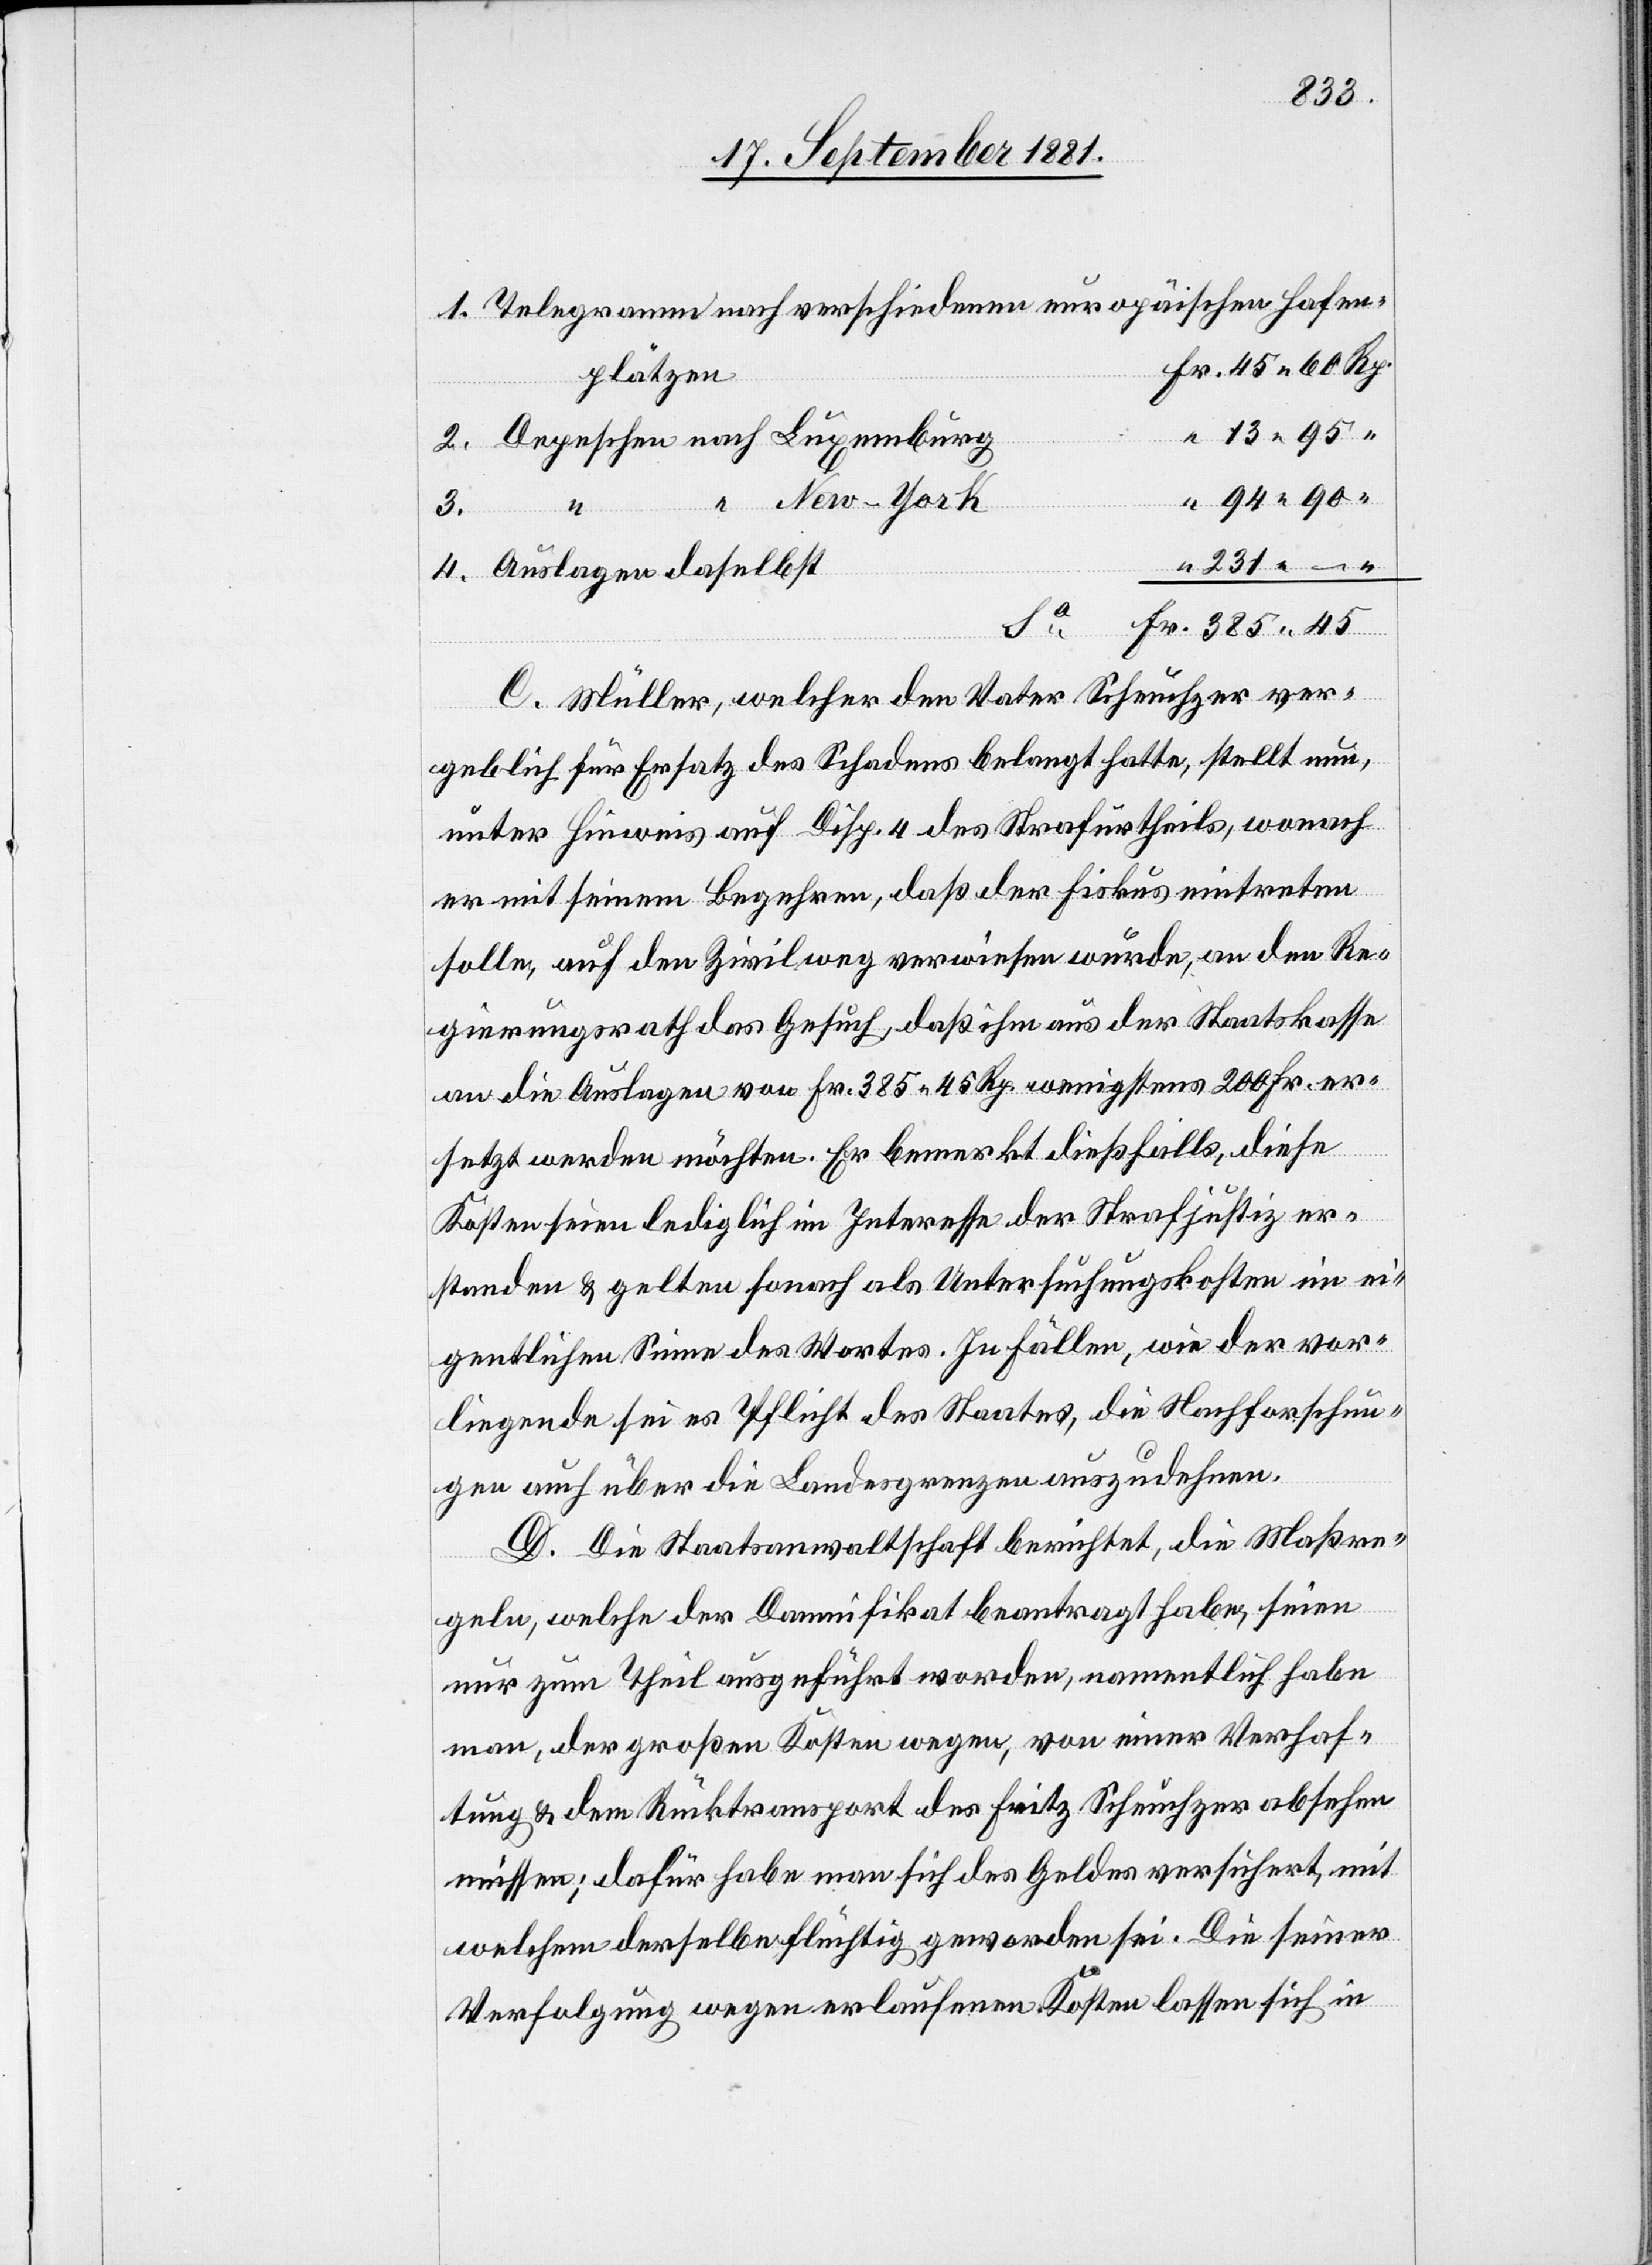
Fr. 45 60 Rp.
plätzen
“ 13 95 “
Depeschen nach Luxemburg
“ 94 90
“ “ New-York
daselbst
3.
Fr. 385 45
C. Müller, welcher den Vater Scheuchzer ver¬
231
geblich für Ersatz des Schadens belangt hatte, stellt nun,
unter Hinweis auf Disp. 4 des Strafurtheils, wonach
er mit seinem Begehren, daß der Fiskus eintreten
solle, auf den Zivilweg verwiesen wurde, an den Re¬
gierungsrath das Gesuch, daß ihm aus der Staatskasse
an die Auslagen von Fr. 385 45 Rp. wenigstens 200 Fr. er¬
vor¬
setzt werden möchten. Er bemerkt dießfalls, diese
Kosten seien lediglich im Interesse der Strafjustiz er¬
standen & gelten sonach als Untersuchungskosten im ei¬
gentlichen Sinne des Wortes. In Fällen, wie der [s¬
liegenden sei es Pflicht des Staates, die Nachforschun¬
gen auch über die Landesgrenzen auszudehnen.
D. Die Staatsanwaltschaft berichtet, die Maßre¬
geln, welche der Damnifikat beantragt habe, seien
nur zum Theil ausgeführt werden, namentlich habe
man, der großen Kosten wegen, von einer Verhaf¬
tung & dem Rücktransport des Fritz Scheuchzer absehen
müssen; dafür habe man sich des Geldes versichert, mit
welchem derselbe flüchtig geworden sei. Die seiner
Verfolgung wegen erlaufenen Kosten lassen sich in